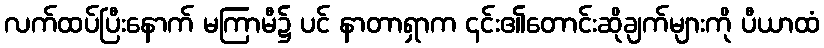
လက်ထပ်ပြီးနောက် မကြာမီ၌ ပင် နာတာရှာက ၎င်း၏တောင်းဆိုချက်များကို ပီယာထံ